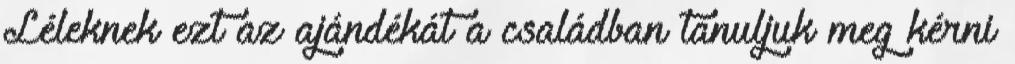
Léleknek ezt az ajándékát a családban tanuljuk meg kérni